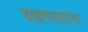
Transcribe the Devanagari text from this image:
ब्राह्मणवादाचा